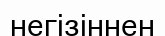
негізіннен